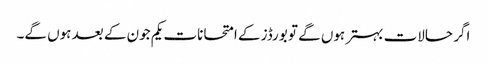
اگر حالات بہتر ہوں گے تو بورڈز کے امتحانات یکم جون کے بعد ہوں گے۔